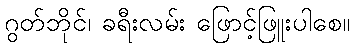
ဂွတ်ဘိုင်၊ ခရီးလမ်း ဖြောင့်ဖြူးပါစေ။